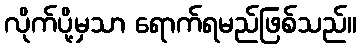
လိုက်ပို့မှသာ ရောက်ရမည်ဖြစ်သည်။